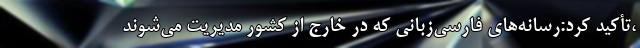
،تأکید کرد:رسانه‌های فارسی‌زبانی که در خارج از کشور مدیریت می‌شوند